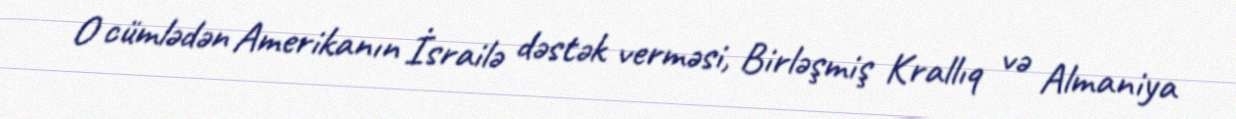
O cümlədən Amerikanın İsrailə dəstək verməsi, Birləşmiş Krallıq və Almaniya